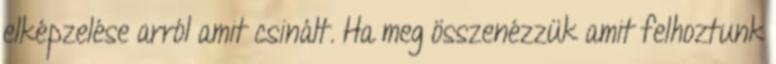
elképzelése arról amit csinált. Ha meg összenézzük amit felhoztunk